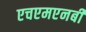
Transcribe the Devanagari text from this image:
एचएमएनबी